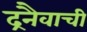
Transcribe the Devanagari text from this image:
द्रनैवाची